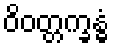
ဝိဝတ္တက္ခန္ဓံ